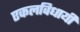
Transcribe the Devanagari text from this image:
एकलविधायी